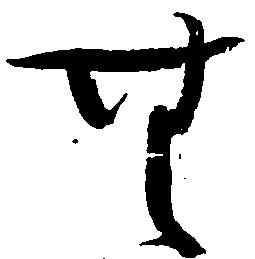
無